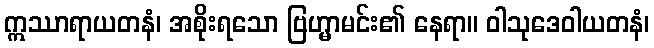
ဣဿာရာယတနံ၊ အစိုးရသော ဗြဟ္မာမင်း၏ နေရာ။ ဝါသုဒေဝါယတနံ၊